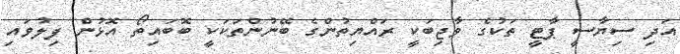
އަދި ސިޔާސީ ޕާޓީ ތަކުގެ ވާޖިބަކީ ރައްޔިތުންގެ ބޭނުންތަކަކީ ބޮބައިތޯ އޮޅުން ފިލުވައި